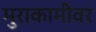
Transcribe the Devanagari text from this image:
मुराकामीवर